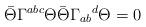
LaTeX: \begin{align*}\bar{\Theta} \Gamma^{abc} \Theta \bar{\Theta} \Gamma_{ab}{}^d \Theta = 0\end{align*}